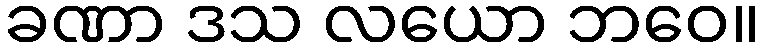
ခဏာ ဒသ လယော ဘဝေ။